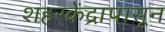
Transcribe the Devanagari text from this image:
शहरकेंद्रापासून